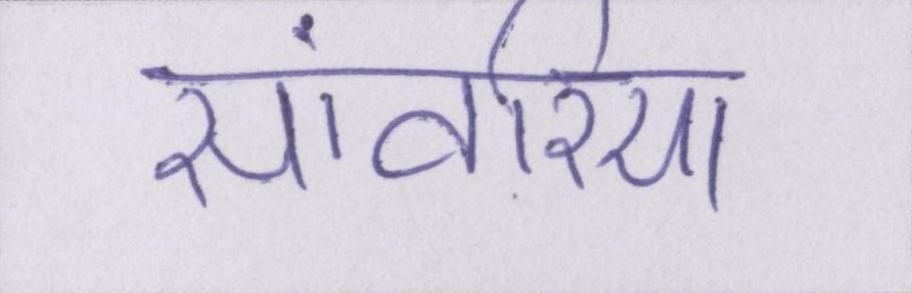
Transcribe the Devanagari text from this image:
सांवरिया